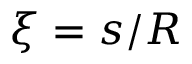
\xi = s / R